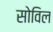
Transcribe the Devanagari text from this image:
सोविल